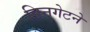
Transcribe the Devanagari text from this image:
विनगेटने